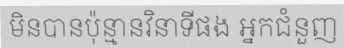
មិនបានប៉ុន្មានវិនាទីផង អ្នកជំនួញ